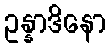
ဥန္နာဒိနော